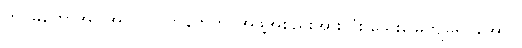
တပ်မတော်အပါအဝင် လက်နက်ကိုင်အဖွဲ့အစည်းအားလုံး သွေးမြေကျမှုရပ်အောင်